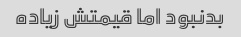
بدنبود اما قیمتش زیاده